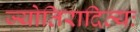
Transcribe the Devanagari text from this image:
ज्योतिरादित्यः